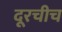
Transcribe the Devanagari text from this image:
दूरचीच